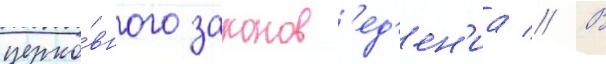
церко́вного законов'ед'ен'иа // В